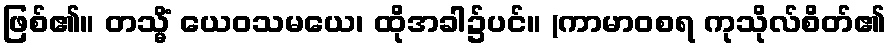
ဖြစ်၏။ တသ္မိံ ယေဝသမယေ၊ ထိုအခါ၌ပင်။ (ကာမာဝစရ ကုသိုလ်စိတ်၏